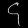
Digit: ၄